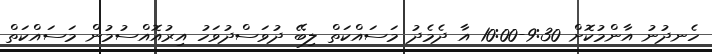
ހެނދުނު އާންމުކޮށް 9:30-10:00 އާ ދެމެދު މަސައްކަތް ލިބޭ ދުވަސްދުވަހު އިރުއޮއްސުމުން މަސައްކަތް